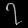
Digit: ၇